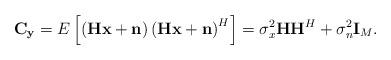
LaTeX: \begin{align*}\mathbf{C}_{\mathbf{y}}=E\left[\left(\mathbf{H}\mathbf{x}+\mathbf{n}\right)\left(\mathbf{H}\mathbf{x}+\mathbf{n}\right)^H\right]=\sigma_x^2\mathbf{HH}^H+\sigma_n^2\mathbf{I}_M.\end{align*}